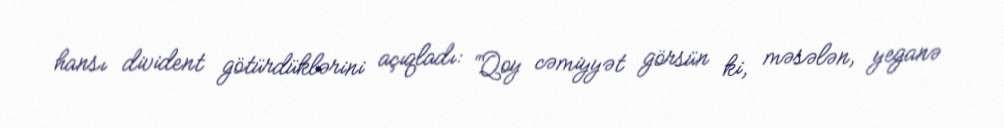
hansı divident götürdüklərini açıqladı: “Qoy cəmiyyət görsün ki, məsələn, yeganə